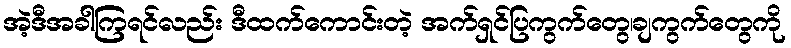
အဲ့ဒီအခါကြရင်လည်း ဒီထက်ကောင်းတဲ့ အက်ရှင်ပြကွက်တွေ၊ချကွက်တွေကို